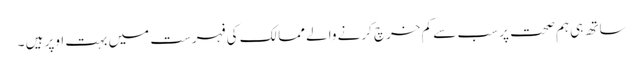
ساتھ ہی ہم صحت پر سب سے کم خرچ کرنے والے ممالک کی فہرست میں بہت اوپر ہیں ۔